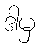
ဒါမှ